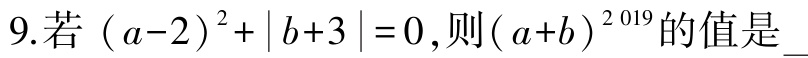
9.若\((a - 2)^2 + |b + 3| = 0\),则\((a + b)^{2019}\)的值是___